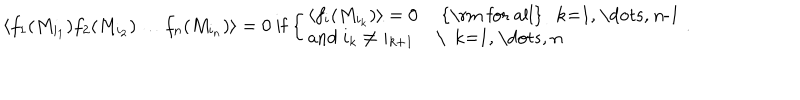
\langle f _ { 1 } ( M _ { i _ { 1 } } ) f _ { 2 } ( M _ { i _ { 2 } } ) \dots f _ { n } ( M _ { i _ { n } } ) \rangle = 0 \ \mathrm { i f } \left\{ \left\{ \begin{cases} { { \langle f _ { i } ( M _ { i _ { k } } ) \rangle = 0 } } & { { \mathrm { f o r a l l } k = 1 , \dots , n - 1 } } \\ { { \mathrm { a n d } \ i _ { k } \neq i _ { k + 1 } } } & { { \ k = 1 , \dots , n } } \\ \end{cases} \right. \right. .